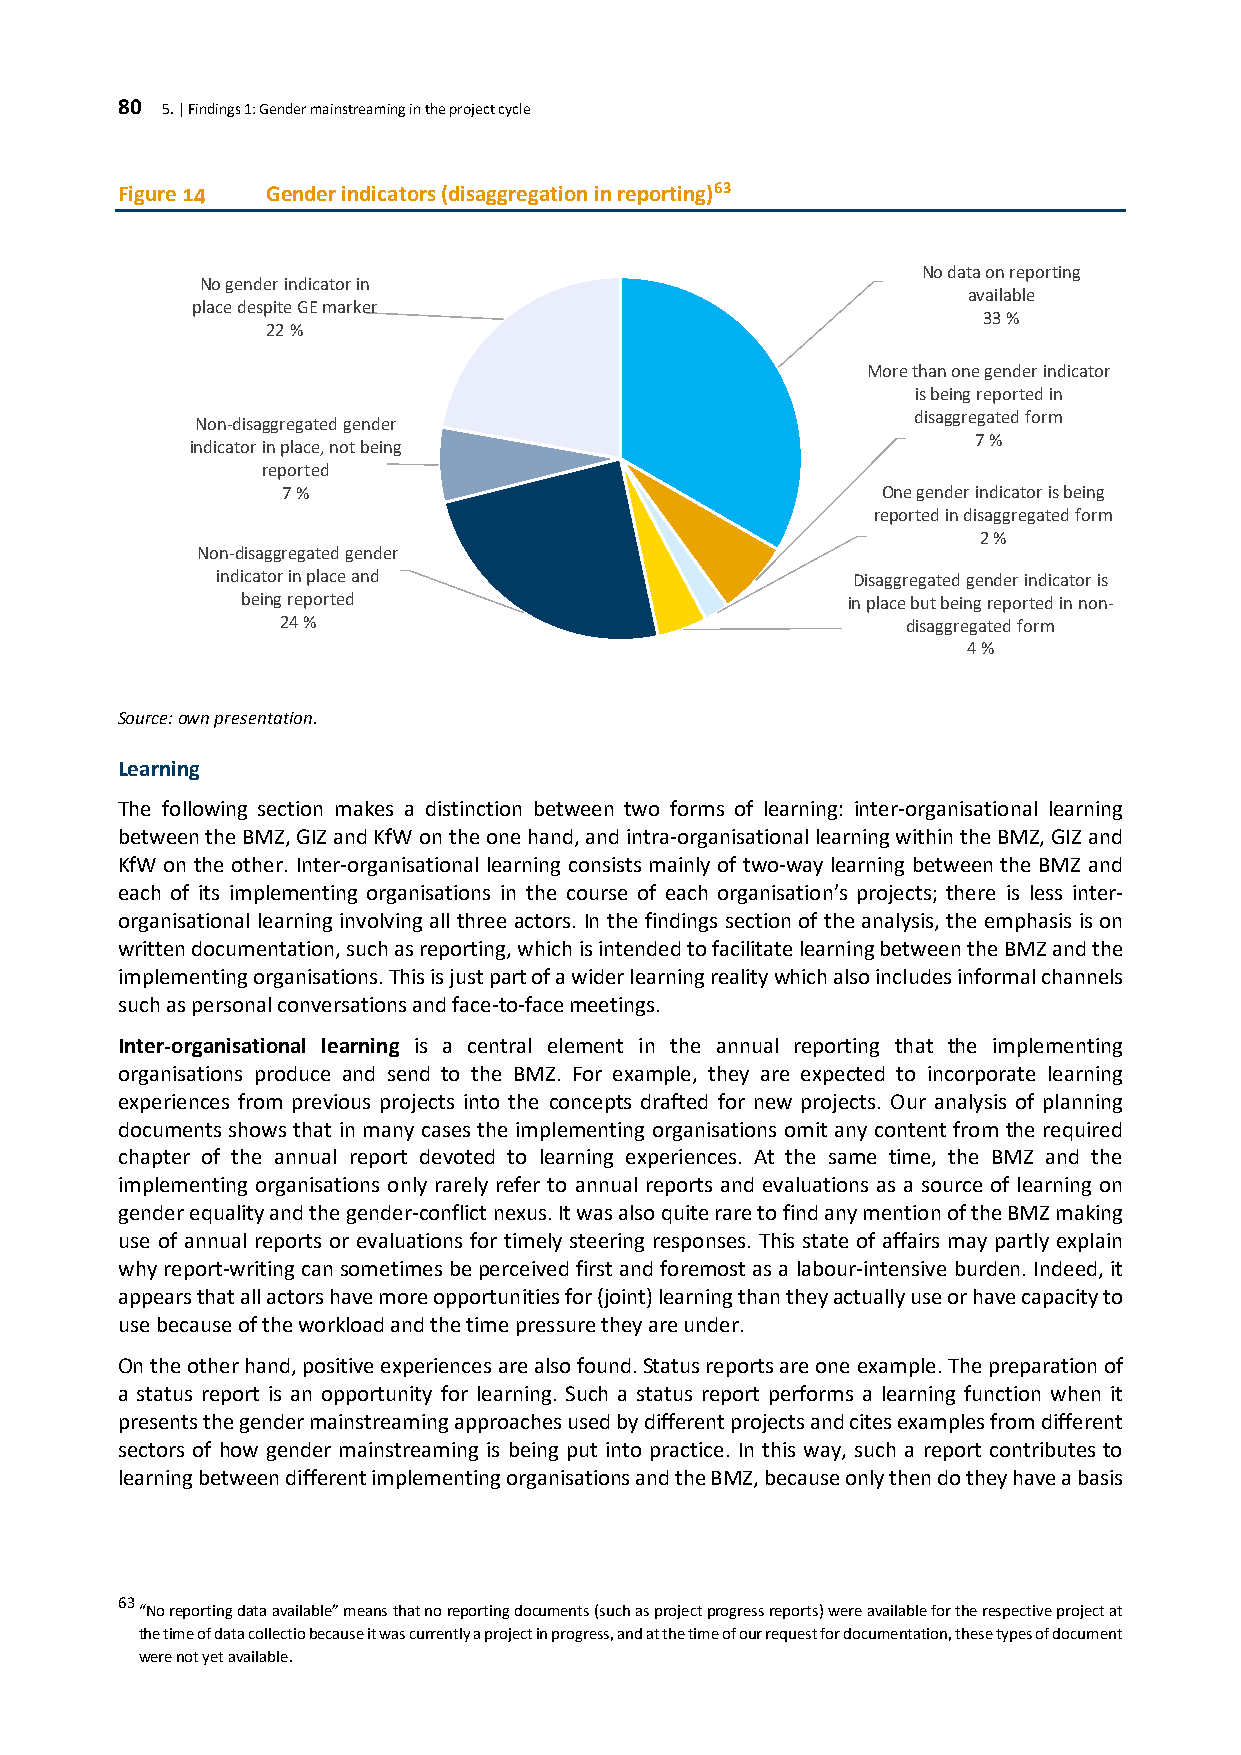
80 5. | Findings 1: Gender mainstreaming in the project cycle
 Figure 14 Gender indicators (disaggregation in reporting)63
 No data on reporting
 No gender indicator in
 available
 place despite GE marker
 33 %
 22 %
 More than one gender indicator
 is being reported in
 disaggregated form
 Non-disaggregated gender
 7 %
 indicator in place, not being
 reported
 7 %                                     One gender indicator is being
 reported in disaggregated form
 2 %
 Non-disaggregated gender
 indicator in place and                     Disaggregated gender indicator is
 being reported                          in place but being reported in non-
 24 %                                     disaggregated form
 4 %
 Source: own presentation.
 Learning
 The following section makes a distinction between two forms of learning: inter-organisational learning
 between the BMZ, GIZ and KfW on the one hand, and intra-organisational learning within the BMZ, GIZ and
 KfW on the other. Inter-organisational learning consists mainly of two-way learning between the BMZ and
 each of its implementing organisations in the course of each organisation’s projects; there is less inter-
 organisational learning involving all three actors. In the findings section of the analysis, the emphasis is on
 written documentation, such as reporting, which is intended to facilitate learning between the BMZ and the
 implementing organisations. This is just part of a wider learning reality which also includes informal channels
 such as personal conversations and face-to-face meetings.
 Inter-organisational learning is a central element in the annual reporting that the implementing
 organisations produce and send to the BMZ. For example, they are expected to incorporate learning
 experiences from previous projects into the concepts drafted for new projects. Our analysis of planning
 documents shows that in many cases the implementing organisations omit any content from the required
 chapter of the annual report devoted to learning experiences. At the same time, the BMZ and the
 implementing organisations only rarely refer to annual reports and evaluations as a source of learning on
 gender equality and the gender-conflict nexus. It was also quite rare to find any mention of the BMZ making
 use of annual reports or evaluations for timely steering responses. This state of affairs may partly explain
 why report-writing can sometimes be perceived first and foremost as a labour-intensive burden. Indeed, it
 appears that all actors have more opportunities for (joint) learning than they actually use or have capacity to
 use because of the workload and the time pressure they are under.
 On the other hand, positive experiences are also found. Status reports are one example. The preparation of
 a status report is an opportunity for learning. Such a status report performs a learning function when it
 presents the gender mainstreaming approaches used by different projects and cites examples from different
 sectors of how gender mainstreaming is being put into practice. In this way, such a report contributes to
 learning between different implementing organisations and the BMZ, because only then do they have a basis
 63
 “No reporting data available” means that no reporting documents (such as project progress reports) were available for the respective project at
 the time of data collectio because it was currently a project in progress, and at the time of our request for documentation, these types of document
 were not yet available.